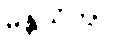
မန္တယိတွာ